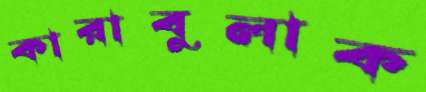
কারাবুলাক